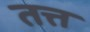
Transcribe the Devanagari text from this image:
तत्त